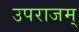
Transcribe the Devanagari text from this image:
उपराजम्